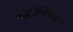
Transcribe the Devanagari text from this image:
कैटोलिका